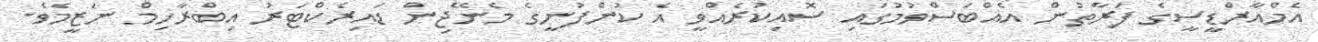
އެމްއާރްޑީސީގެ ފަރާތުން އެއްބަސްވުމުގައި ސޮއިކުރެއްވީ އެ ކުންފުނީގެ މެނޭޖިން ޑައިރެކްޓަރު އިބްރާހިމް ނަޒީމެވެ.